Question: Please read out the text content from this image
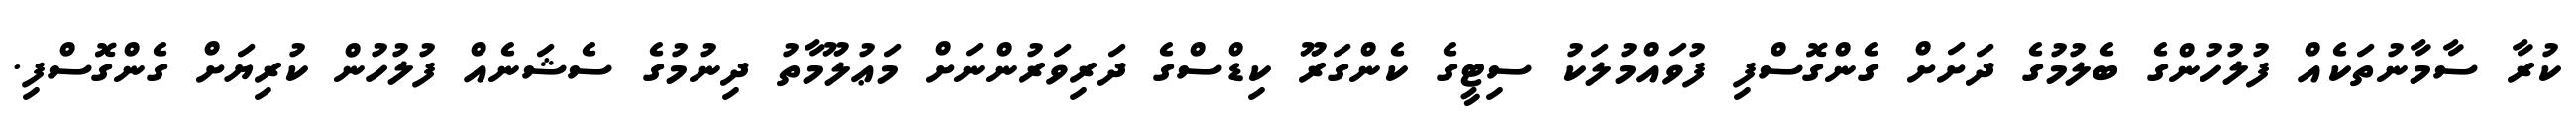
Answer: ކުރާ ސާމާނުތަކެއް ފުލުހުންގެ ބެލުމުގެ ދަށަށް ގެންގޮސްފި ފުވައްމުލަކު ސިޓީގެ ކެންގަރޫ ކިޑްސްގެ ދަރިވަރުންނަށް މަޢުލޫމާތު ދިނުމުގެ ސެޝަނެއް ފުލުހުން ކުރިޔަށް ގެންގޮސްފި.